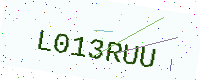
Text: L013RUU